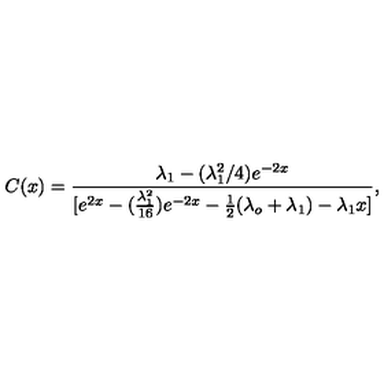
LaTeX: C ( x ) = \frac { \lambda _ { 1 } - ( \lambda _ { 1 } ^ { 2 } / 4 ) e ^ { - 2 x } } { [ e ^ { 2 x } - ( \frac { \lambda _ { 1 } ^ { 2 } } { 1 6 } ) e ^ { - 2 x } - \frac { 1 } { 2 } ( \lambda _ { o } + \lambda _ { 1 } ) - \lambda _ { 1 } x ] } ,